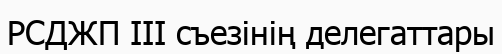
РСДЖП III съезінің делегаттары